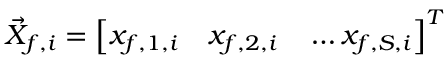
\vec { X } _ { f , i } = \left[ x _ { f , 1 , i } \quad x _ { f , 2 , i } \quad \ldots x _ { f , S , i } \right] ^ { T }